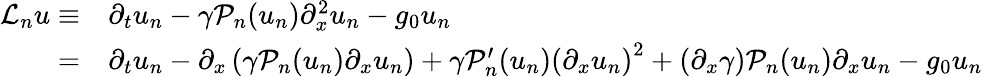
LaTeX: \begin{array}{rl}{\mathcal{L}_{n}u\equiv}&{{}\partial_{t}u_{n}-\gamma\mathcal{P}_{n}(u_{n})\partial_{x}^{2}u_{n}-g_{0}u_{n}}\\ {=}&{{}\partial_{t}u_{n}-\partial_{x}\left(\gamma\mathcal{P}_{n}(u_{n})\partial_{x}u_{n}\right)+\gamma\mathcal{P}_{n}^{\prime}(u_{n})\left(\partial_{x}u_{n}\right)^{2}+\left(\partial_{x}\gamma\right)\mathcal{P}_{n}(u_{n})\partial_{x}u_{n}-g_{0}u_{n}}\end{array}